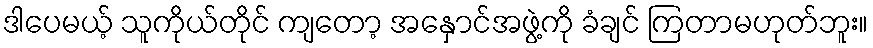
ဒါပေမယ့် သူကိုယ်တိုင် ကျတော့ အနှောင်အဖွဲ့ကို ခံချင် ကြတာမဟုတ်ဘူး။